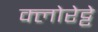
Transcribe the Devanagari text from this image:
क्‍लोरेट्टे